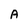
Character: A